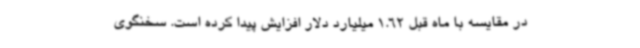
در مقایسه با ماه قبل 1.62 میلیارد دلار افزایش پیدا کرده است. سخنگوی